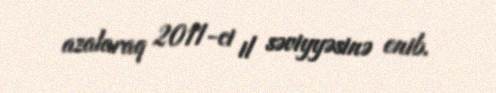
azalaraq 2011-ci il səviyyəsinə enib.